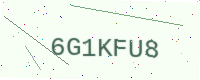
Text: 6G1KFU8